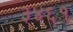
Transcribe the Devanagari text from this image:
३४६१